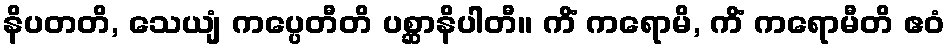
နိပတတိ, သေယျံ ကပ္ပေတီတိ ပစ္ဆာနိပါတီ။ ကိံ ကရောမိ, ကိံ ကရောမီတိ ဧဝံ